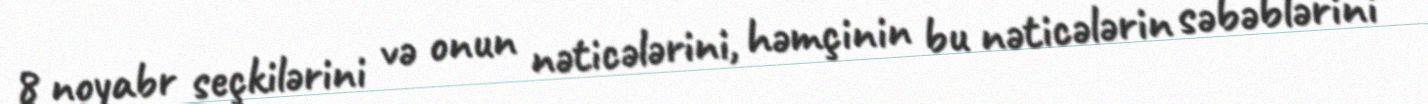
8 noyabr seçkilərini və onun nəticələrini, həmçinin bu nəticələrin səbəblərini